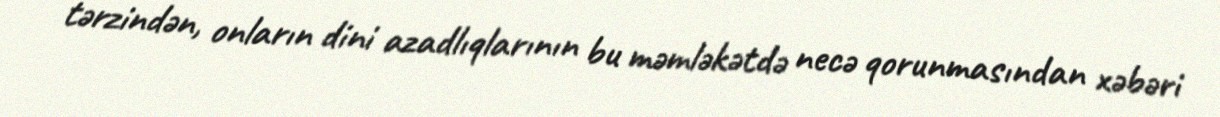
tərzindən, onların dini azadlıqlarının bu məmləkətdə necə qorunmasından xəbəri